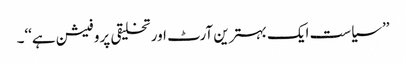
’’سیاست ایک بہترین آرٹ اور تخلیقی پروفیشن ہے‘‘۔